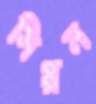
সিপ্পন